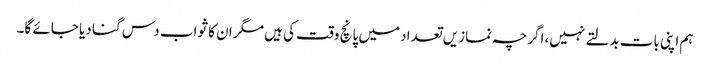
ہم اپنی بات بدلتے نہیں، اگرچہ نمازیں تعداد میں پانچ وقت کی ہیں مگر ان کا ثواب دس گنا دیا جائے گا۔